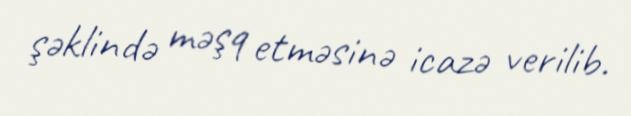
şəklində məşq etməsinə icazə verilib.